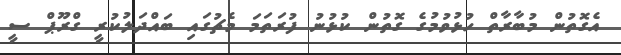
އެގޮތުން މުބާރާތް ހުޅުވުމުގެ ގޮތުން ކުޅުނު ފުރަތަމަ މެޗުގައި ބައްދަލުކުރީ ގްރޫޕް ސީ